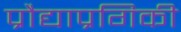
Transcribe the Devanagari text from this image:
प्रौद्याप्रगिकी